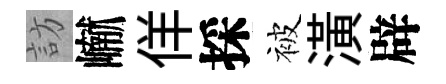
訪𪩘佯採被潢辟